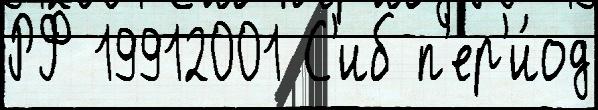
РФ 19912001 С'иб п'ер'и́од